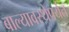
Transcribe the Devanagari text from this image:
बाल्यावस्थेपर्यंत